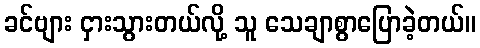
ခင်ဗျား ငှားသွားတယ်လို့ သူ သေချာစွာပြောခဲ့တယ်။